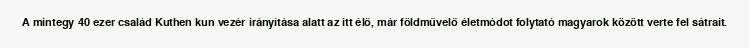
A mintegy 40 ezer család Kuthen kun vezér irányítása alatt az itt élő, már földművelő életmódot folytató magyarok között verte fel sátrait.